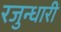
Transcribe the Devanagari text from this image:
रजुन्धारी